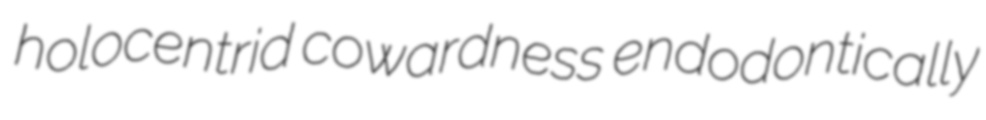
holocentrid cowardness endodontically